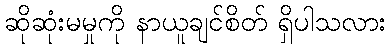
ဆိုဆုံးမမှုကို နာယူချင်စိတ် ရှိပါသလား